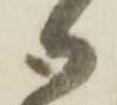
御